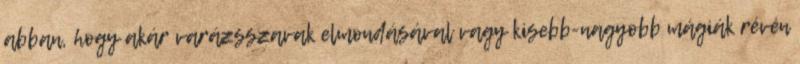
abban, hogy akár varázsszavak elmondásával vagy kisebb-nagyobb mágiák révén